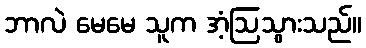
ဘာလဲ မေမေ သူက အံ့ဩသွားသည်။